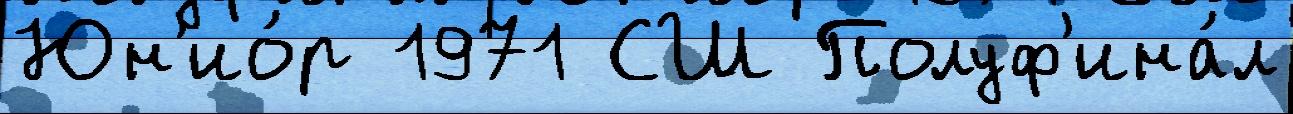
Юн'ио́р 1971 СШ Полуф'ина́л